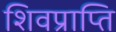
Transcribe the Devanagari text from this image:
शिवप्राप्ति